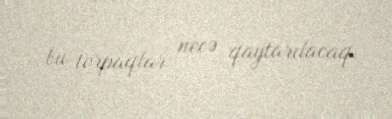
bu torpaqlar necə qaytarılacaq.